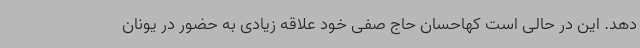
دهد. این در حالی است کهاحسان حاج صفی خود علاقه زیادی به حضور در یونان